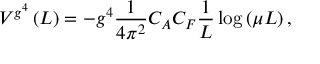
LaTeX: V ^ { g ^ { 4 } } \left( L \right) = - g ^ { 4 } \frac { 1 } { { 4 \pi ^ { 2 } } } C _ { A } C _ { F } \frac { 1 } { L } \log \left( { \mu L } \right) ,